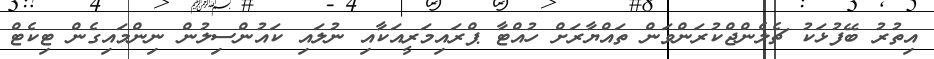
އިތުރު ބޭފުޅަކު ޗެލެންޖްކުރަންވަން ތައްޔާރަށް ހުއްޓާ ޕްރައިމަރީއަކާއި ނުލައި ކައުންސިލުން ނިންމައިގެން ޓިކެޓް